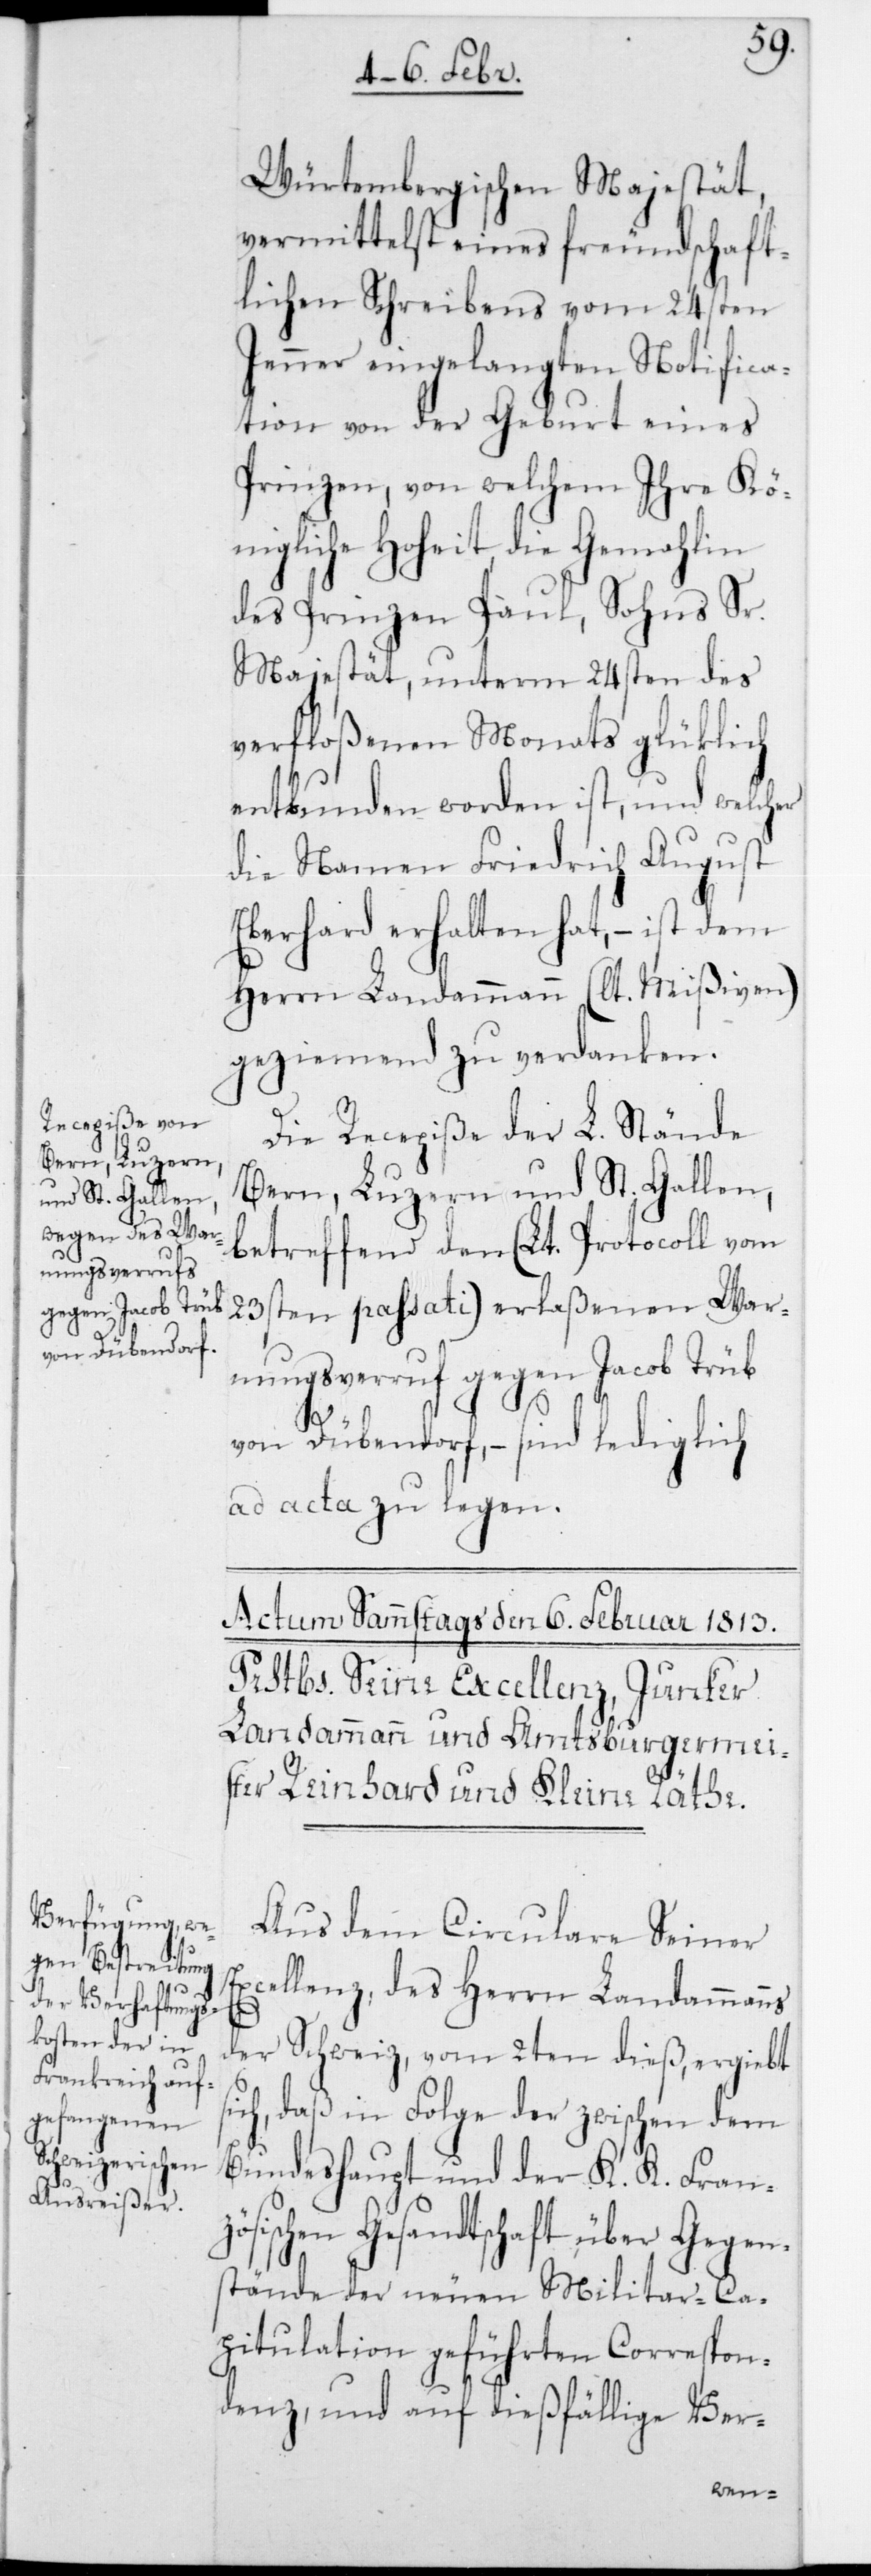
Württembergischen Majestät,
vermittelst eines freundschaft¬
lichen Schreibens vom 24sten
Jenner eingelangten Notifica¬
tion von der Geburt eines
Prinzen, von welchem Ihre Kö¬
nigliche Hoheit, die Gemahlin
des Prinzen Paul, Sohns Sr.
Majestät, unterm 24sten des
verfloßenen Monats glücklich
entbunden worden ist, und welcher
die Namen Friedrich August
Eberhard erhalten hat, – ist dem
Herrn Landammann (lt. Mißiven)
geziemend zu verdanken.
Die Recepiße der L. Stände
Bern, Luzern und St. Gallen,
betreffend den (lt. Protocoll vom
23sten passati) erlaßenen War¬
nungsverruf gegen Jacob Trüb
von Dübendorf, – sind lediglich
ad acta zu legen.
Aus dem Circulare Seiner
Excellenz, des Herrn Landammanns
der Schweiz, vom 2ten dieß, ergibt
ch, daß in Folge der zwischen dem
Bundeshaupt und der K. K. Franz¬
ösischen Gesandtschaft über Gegen¬
stände der neuen Militar-Ca¬
pitulation geführten Correspon¬
denz, und auf dießfällige Ver-
si¬